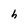
Character: h